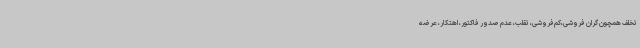
تخلف همچون گران فروشی،کم‌فروشی، تقلب، عدم صدور فاکتور، اهتکار، عرضه